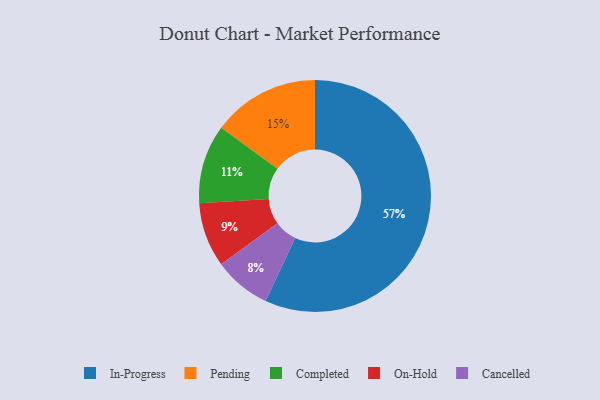
{"axis": {"x": "Category", "y": "Percentage"}, "legend": ["Cancelled", "Completed", "In-Progress", "On-Hold", "Pending"], "data": [{"x": "Cancelled", "y": 8, "type": "Cancelled"}, {"x": "In-Progress", "y": 57, "type": "In-Progress"}, {"x": "Pending", "y": 15, "type": "Pending"}, {"x": "Completed", "y": 11, "type": "Completed"}, {"x": "On-Hold", "y": 9, "type": "On-Hold"}]}